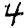
Digit: 4